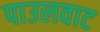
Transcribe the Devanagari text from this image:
पाउलवाट